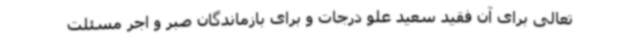
تعالی برای آن فقید سعید علو درجات و برای بازماندگان صبر و اجر مسئلت